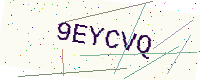
Text: 9EYCVQ